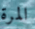
المرة